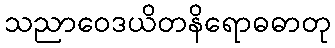
သညာဝေဒယိတနိရောဓဓာတု